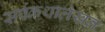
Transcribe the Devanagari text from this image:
सर्पकथालेखन